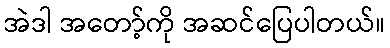
အဲဒါ အတော့်ကို အဆင်ပြေပါတယ်။